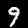
Digit: 9